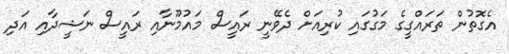
އެގޮތުން ތަރައްގީގެ މަގުގައި ކުރިއަށް ދެވޭނީ ރައީސް މައުމޫނާއި ރައީސް ނަޝީދާއި އަދި